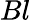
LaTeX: Bl